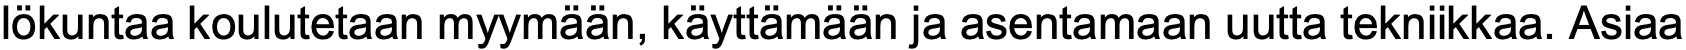
lökuntaa koulutetaan myymään, käyttämään ja asentamaan uutta tekniikkaa. Asiaa